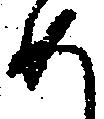
め